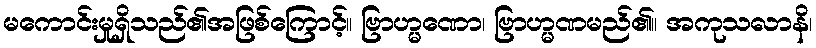
မကောင်းမှုရှိသည်၏အဖြစ်ကြောင့်။ ဗြာဟ္မဏော၊ ဗြာဟ္မဏမည်၏။ အကုသလာနိ၊